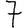
Digit: 7